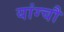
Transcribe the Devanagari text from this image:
यांग्चौ